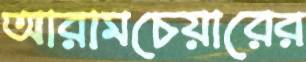
আরামচেয়ারের